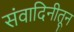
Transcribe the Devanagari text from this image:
संवादिनीतून